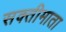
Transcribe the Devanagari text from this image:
सक्तीमाता